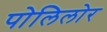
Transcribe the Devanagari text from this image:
पोलिलोर